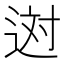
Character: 𨒻